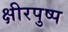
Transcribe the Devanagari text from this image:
क्षीरपुष्प